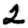
Digit: 2